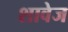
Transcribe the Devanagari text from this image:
शावेज